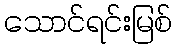
သောင်ရင်းမြစ်